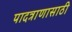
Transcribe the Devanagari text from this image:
पादत्राणासाठी